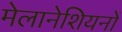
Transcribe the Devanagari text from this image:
मेलानेशियनों